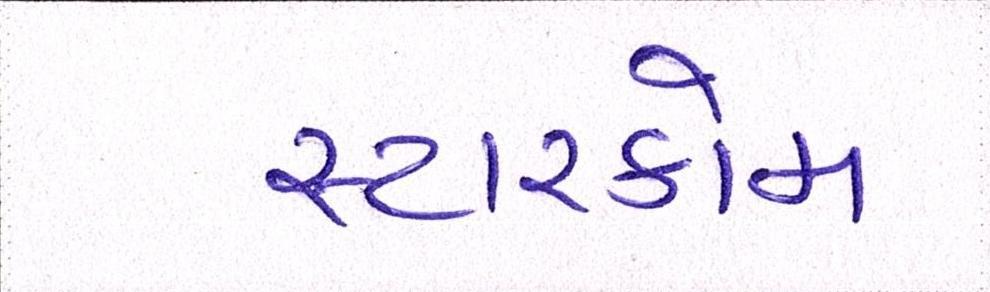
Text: સ્ટારકોમ